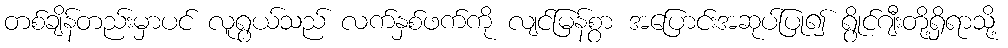
တစ်ချိန်တည်းမှာပင် လူရွယ်သည် လက်နှစ်ဖက်ကို လျင်မြန်စွာ အပြောင်းအဆုပ်ပြု၍ ရွိုင်ဂျီးတို့ရှိရာသို့